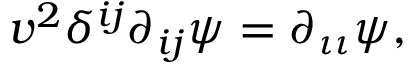
v ^ { 2 } \delta ^ { i j } \partial _ { i j } \psi = \partial _ { \iota \iota } \psi ,